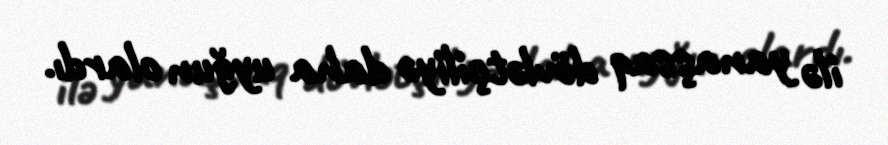
ilə yanaşsaq dövlətçiliyə daha uyğun olardı.